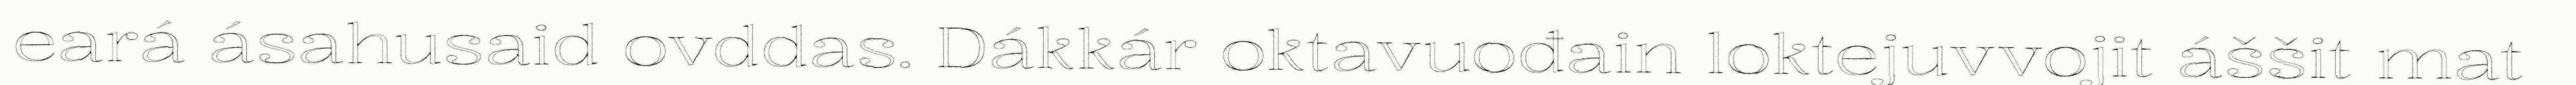
eará ásahusaid ovddas. Dákkár oktavuođain loktejuvvojit áššit mat